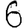
Digit: 6